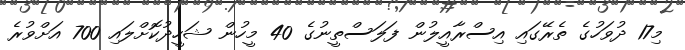
މި17 ދުވަހުގެ ތެރޭގައި އިސްރާއީލުން ފަލަސްތީނުގެ 40 މީހުން ޝަހީދުކޮށްލައި 700 އަށްވުރެ